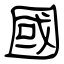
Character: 國